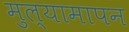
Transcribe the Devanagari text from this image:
मुल्यामापन